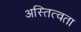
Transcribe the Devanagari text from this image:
अस्तित्वता